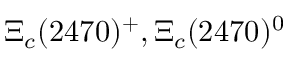
\Xi _ { c } ( 2 4 7 0 ) ^ { + } , \Xi _ { c } ( 2 4 7 0 ) ^ { 0 }